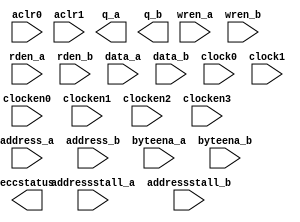
module altsyncram (
	wren_a,
	wren_b,
	rden_a,
	rden_b,
	data_a,
	data_b,
	address_a,
	address_b,
	clock0,
	clock1,
	clocken0,
	clocken1,
	clocken2,
	clocken3,
	aclr0,
	aclr1,
	byteena_a,
	byteena_b,
	addressstall_a,
	addressstall_b,
`ifdef POST_FIT
	_unassoc_inputs_,
	_unassoc_outputs_,
`endif
	eccstatus,
	q_a,
	q_b
);

	parameter address_aclr_a = "UNUSED";
	parameter address_aclr_b = "NONE";
	parameter address_reg_b = "CLOCK1";
	parameter byte_size = 8;
	parameter byteena_aclr_a = "UNUSED";
	parameter byteena_aclr_b = "NONE";
	parameter byteena_reg_b = "CLOCK1";
	parameter clock_enable_input_a = "NORMAL";
	parameter clock_enable_input_b = "NORMAL";
	parameter clock_enable_output_a = "NORMAL";
	parameter clock_enable_output_b = "NORMAL";
	parameter indata_aclr_a = "UNUSED";
	parameter indata_aclr_b = "NONE";
	parameter indata_reg_b = "CLOCK1";
	parameter init_file = "UNUSED";
	parameter init_file_layout = "PORT_A";
	parameter intended_device_family = "UNUSED";
	parameter implement_in_les = "OFF";
	parameter lpm_hint = "UNUSED";
	parameter lpm_type = "altsyncram";
	parameter maximum_depth = 0;
	parameter numwords_a = 0;
	parameter numwords_b = 0;
	parameter operation_mode = "BIDIR_DUAL_PORT";
	parameter outdata_aclr_a = "NONE";
	parameter outdata_aclr_b = "NONE";
	parameter outdata_reg_a = "UNREGISTERED";
	parameter outdata_reg_b = "UNREGISTERED";
	parameter power_up_uninitialized = "FALSE";
	parameter ram_block_type = "AUTO";
	parameter rdcontrol_aclr_b = "NONE";
	parameter rdcontrol_reg_b = "CLOCK1";
	parameter read_during_write_mode_mixed_ports = "DONT_CARE";
	parameter width_a = 1;
	parameter width_b = 1;
	parameter width_byteena_a = 1;
	parameter width_byteena_b = 1;
	parameter widthad_a = 1;
	parameter widthad_b = 1;
	parameter wrcontrol_aclr_a = "UNUSED";
	parameter wrcontrol_aclr_b = "NONE";
	parameter wrcontrol_wraddress_reg_b = "CLOCK1";

	parameter clock_enable_core_a = "USE_INPUT_CLKEN";
	parameter clock_enable_core_b = "USE_INPUT_CLKEN";
	parameter enable_ecc = "FALSE";
	parameter read_during_write_mode_port_a = "NEW_DATA_NO_NBE_READ";
	parameter read_during_write_mode_port_b = "NEW_DATA_NO_NBE_READ";

`ifdef POST_FIT
	parameter _unassoc_inputs_width_ = 1;
	parameter _unassoc_outputs_width_ = 1;
`endif
 

	input wren_a, wren_b, rden_a, rden_b;
	input [width_a-1:0] data_a;
	input [width_b-1:0] data_b;
	input [widthad_a-1:0] address_a;
	input [widthad_b-1:0] address_b;
	input clock0, clock1;
	input clocken0, clocken1, clocken2, clocken3;
	input aclr0, aclr1;
	input [width_byteena_a-1:0] byteena_a;
	input [width_byteena_b-1:0] byteena_b;
	input addressstall_a, addressstall_b;
	// Extra bus for connecting signals unassociated with defined ports
`ifdef POST_FIT
	input [ _unassoc_inputs_width_ - 1 : 0 ] _unassoc_inputs_;
	output [ _unassoc_outputs_width_ - 1 : 0 ] _unassoc_outputs_;
`endif
	output [width_a-1:0] q_a;
	output [width_b-1:0] q_b;
	output   [2:0] eccstatus;


endmodule